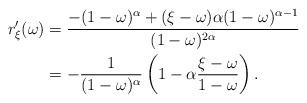
LaTeX: \begin{align*}r^{\prime}_{\xi}(\omega) & = \frac{-(1 - \omega)^{\alpha} + (\xi - \omega) \alpha (1 - \omega)^{\alpha - 1}}{(1 - \omega)^{2\alpha}} \\& = - \frac{1}{(1 - \omega)^{\alpha}} \left( 1 - \alpha \frac{\xi - \omega}{1 - \omega } \right).\end{align*}